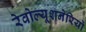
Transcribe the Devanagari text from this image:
रेवोल्यूशनेरियो